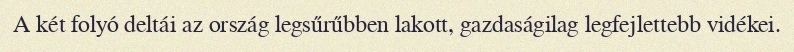
A két folyó deltái az ország legsűrűbben lakott, gazdaságilag legfejlettebb vidékei.